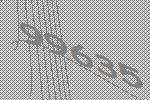
99635